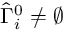
\hat { \Gamma } _ { i } ^ { 0 } \neq \varnothing